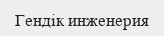
Гендік инженерия